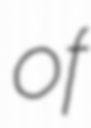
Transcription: of